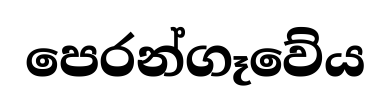
පෙරන්ගෑවේය